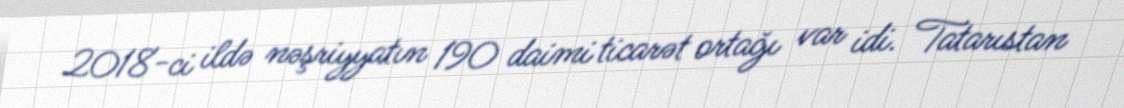
2018-ci ildə nəşriyyatın 190 daimi ticarət ortağı var idi. Tatarıstan